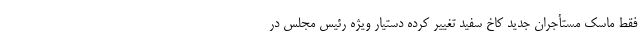
فقط ماسک مستأجران جدید کاخ سفید تغییر کرده دستیار ویژه رئیس مجلس در